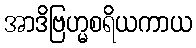
အာဒိဗြဟ္မစရိယကာယ